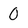
Character: 0